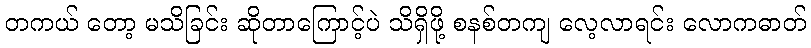
တကယ် တော့ မသိခြင်း ဆိုတာကြောင့်ပဲ သိရှိဖို့ စနစ်တကျ လေ့လာရင်း လောကဓာတ်